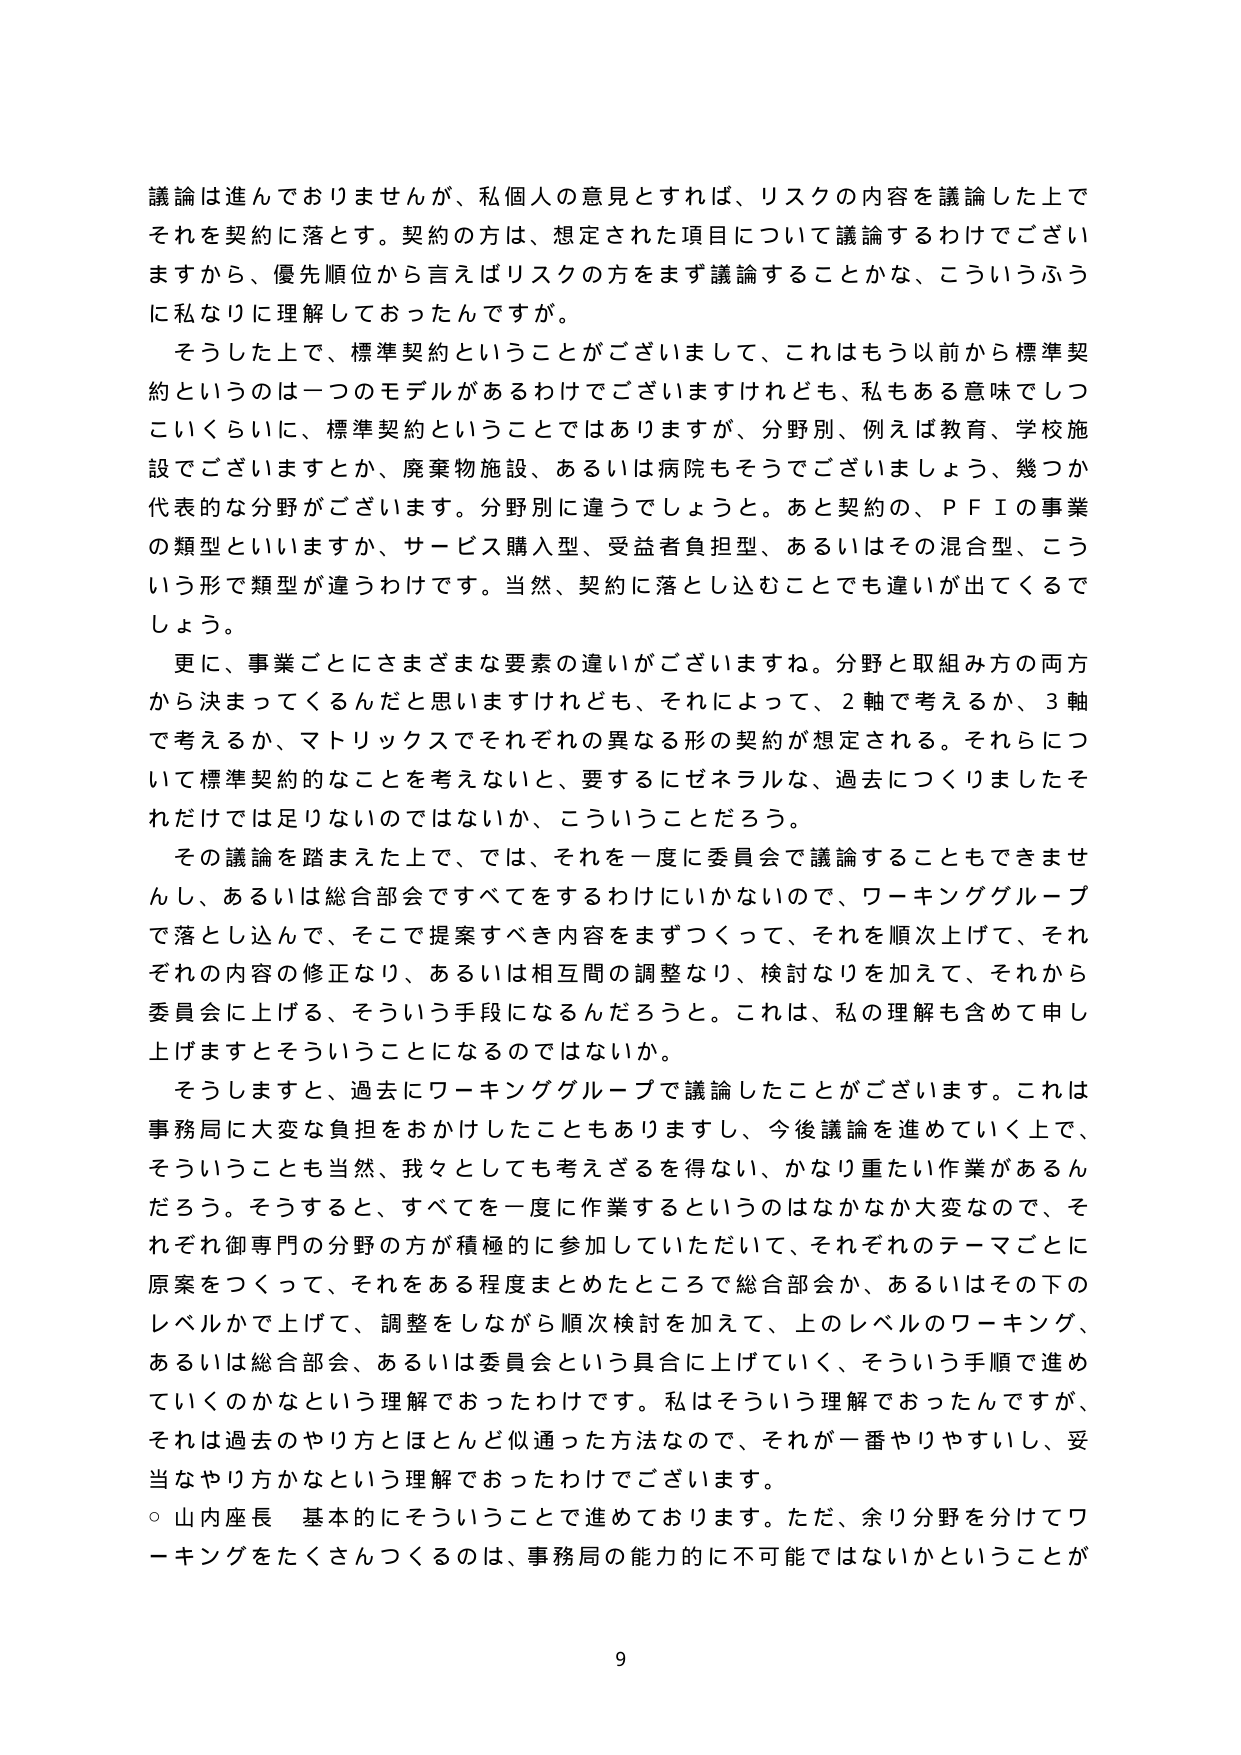
議論は進んでおりませんが、私個人の意見とすれば、リスクの内容を議論した上でそれを契約に落とす。契約の方は、想定された項目について議論するわけでございますから、優先順位から言えばリスクの方をまず議論することかな、こういうふうに私なりに理解しておったんですが。

そうした上で、標準契約ということがございまして、これはもう以前から標準契約というのは一つのモデルがあるわけでございますけれども、私もある意味でしつこいくらいに、標準契約ということではありますが、分野別、例えば教育、学校施設でございますとか、廃棄物施設、あるいは病院もそうでございましょう、幾つか代表的な分野がございます。分野別に違うでしょうと。あと契約の、ＰＦＩの事業の類型といいますか、サービス購入型、受益者負担型、あるいはその混合型、こういう形で類型が違うわけです。当然、契約に落とし込むことでも違いが出てくるでしょう。

更に、事業ごとにさまざまな要素の違いがございますね。分野と取組み方の両方から決まってくるんだと思いますけれども、それによって、２軸で考えるか、３軸で考えるか、マトリックスでそれぞれの異なる形の契約が想定される。それらについて標準契約的なことを考えないと、要するにゼネラルな、過去につくりましたそれだけでは足りないのではないか、こういうことだろう。

その議論を踏まえた上で、では、それを一度に委員会で議論することもできませんし、あるいは総合部会ですべてをするわけにいかないので、ワーキンググループで落とし込んで、そこで提案すべき内容をまずつくって、それを順次上げて、それぞれの内容の修正なり、あるいは相互間の調整なり、検討なりを加えて、それから委員会に上げる、そういう手段になるんだろうと。これは、私の理解も含めて申し上げますとそういうことになるのではないでしょうか。

そうしますと、過去にワーキンググループで議論したことがございます。これは事務局に大変な負担をおかけしたこともありますし、今後議論を進めていく上で、そういうことも当然、我々としても考えざるを得ない、かなり重たい作業があるんだろう。そうすると、すべてを一度に作業するというのはなかなか大変なので、それぞれ御専門の分野の方が積極的に参加していただいて、それぞれのテーマごとに原案をつくって、それをある程度まとめたところで総合部会か、あるいはその下のレベルかで上げて、調整をしながら順次検討を加えて、上のレベルのワーキング、あるいは総合部会、あるいは委員会という具合に上げていく、そういう手順で進めていくのかなという理解であったわけです。私はそういう理解であったんですが、それは過去のやり方とほとんど似通った方法なので、それが一番やりやすいし、妥当なやり方かなという理解であったわけでございます。

○ 山内座長 基本的にそういうことで進めております。ただ、余り分野を分けてワーキングをたくさんつくるのは、事務局の能力的に不可能ではないかということが

9